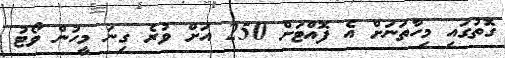
ގޮތުގައި މިހާތަނަށް އެ ފޮއްޓަށް 250 އަށް ވުރެ ގިނަ މީހުން ވޯޓު